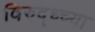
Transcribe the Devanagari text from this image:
विरुद्ध्च्या